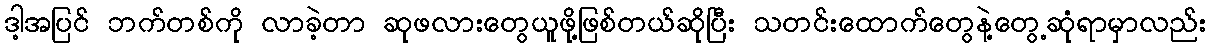
ဒါ့အပြင် ဘက်တစ်ကို လာခဲ့တာ ဆုဖလားတွေယူဖို့ဖြစ်တယ်ဆိုပြီး သတင်းထောက်တွေနဲ့တွေ့ဆုံရာမှာလည်း